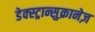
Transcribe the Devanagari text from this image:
डेक्स्ट्रान्सुक्रानेज़